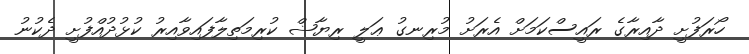
ހޯރަފުށީ ދާއިރާގެ ރައީސްކަމަށް އެރަށު މުރިނގު ޢަލީ ރިޔާޟް ކުރިމަތިލާފައިވާއިރު ކުޅުދުއްފުށީ ދެކުނު